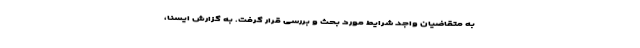
به متقاضیان واجد شرایط مورد بحث و بررسی قرار گرفت. به گزارش ایسنا،